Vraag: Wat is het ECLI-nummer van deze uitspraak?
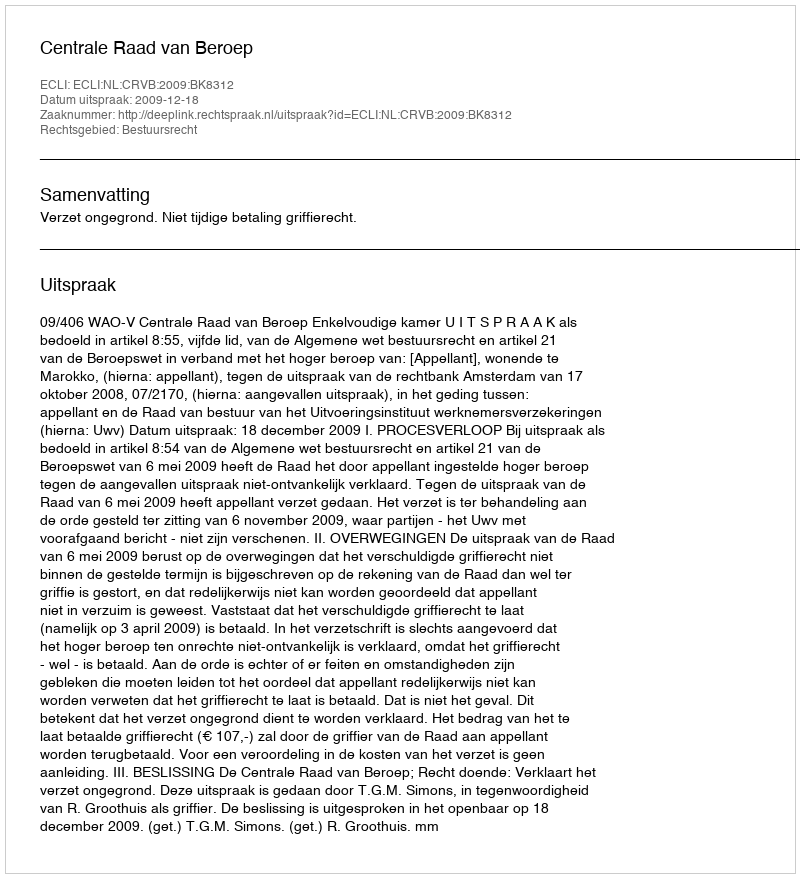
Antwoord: ECLI:NL:CRVB:2009:BK8312